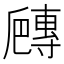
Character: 𡭍